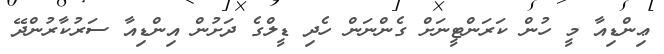
ޢިންޑިއާ މީ ހުން ކަރަންޓީނަށް ގެންނަން ހެދި ޑީލްގެ ދަށުން އިންޑިއާ ސަރުކާރުންދޭ